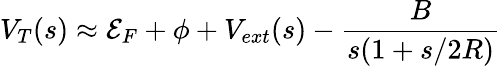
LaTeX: V_{T}(s)\approx{\cal E}_{F}+\phi+V_{ext}(s)-\frac{B}{s(1+s/2R)}